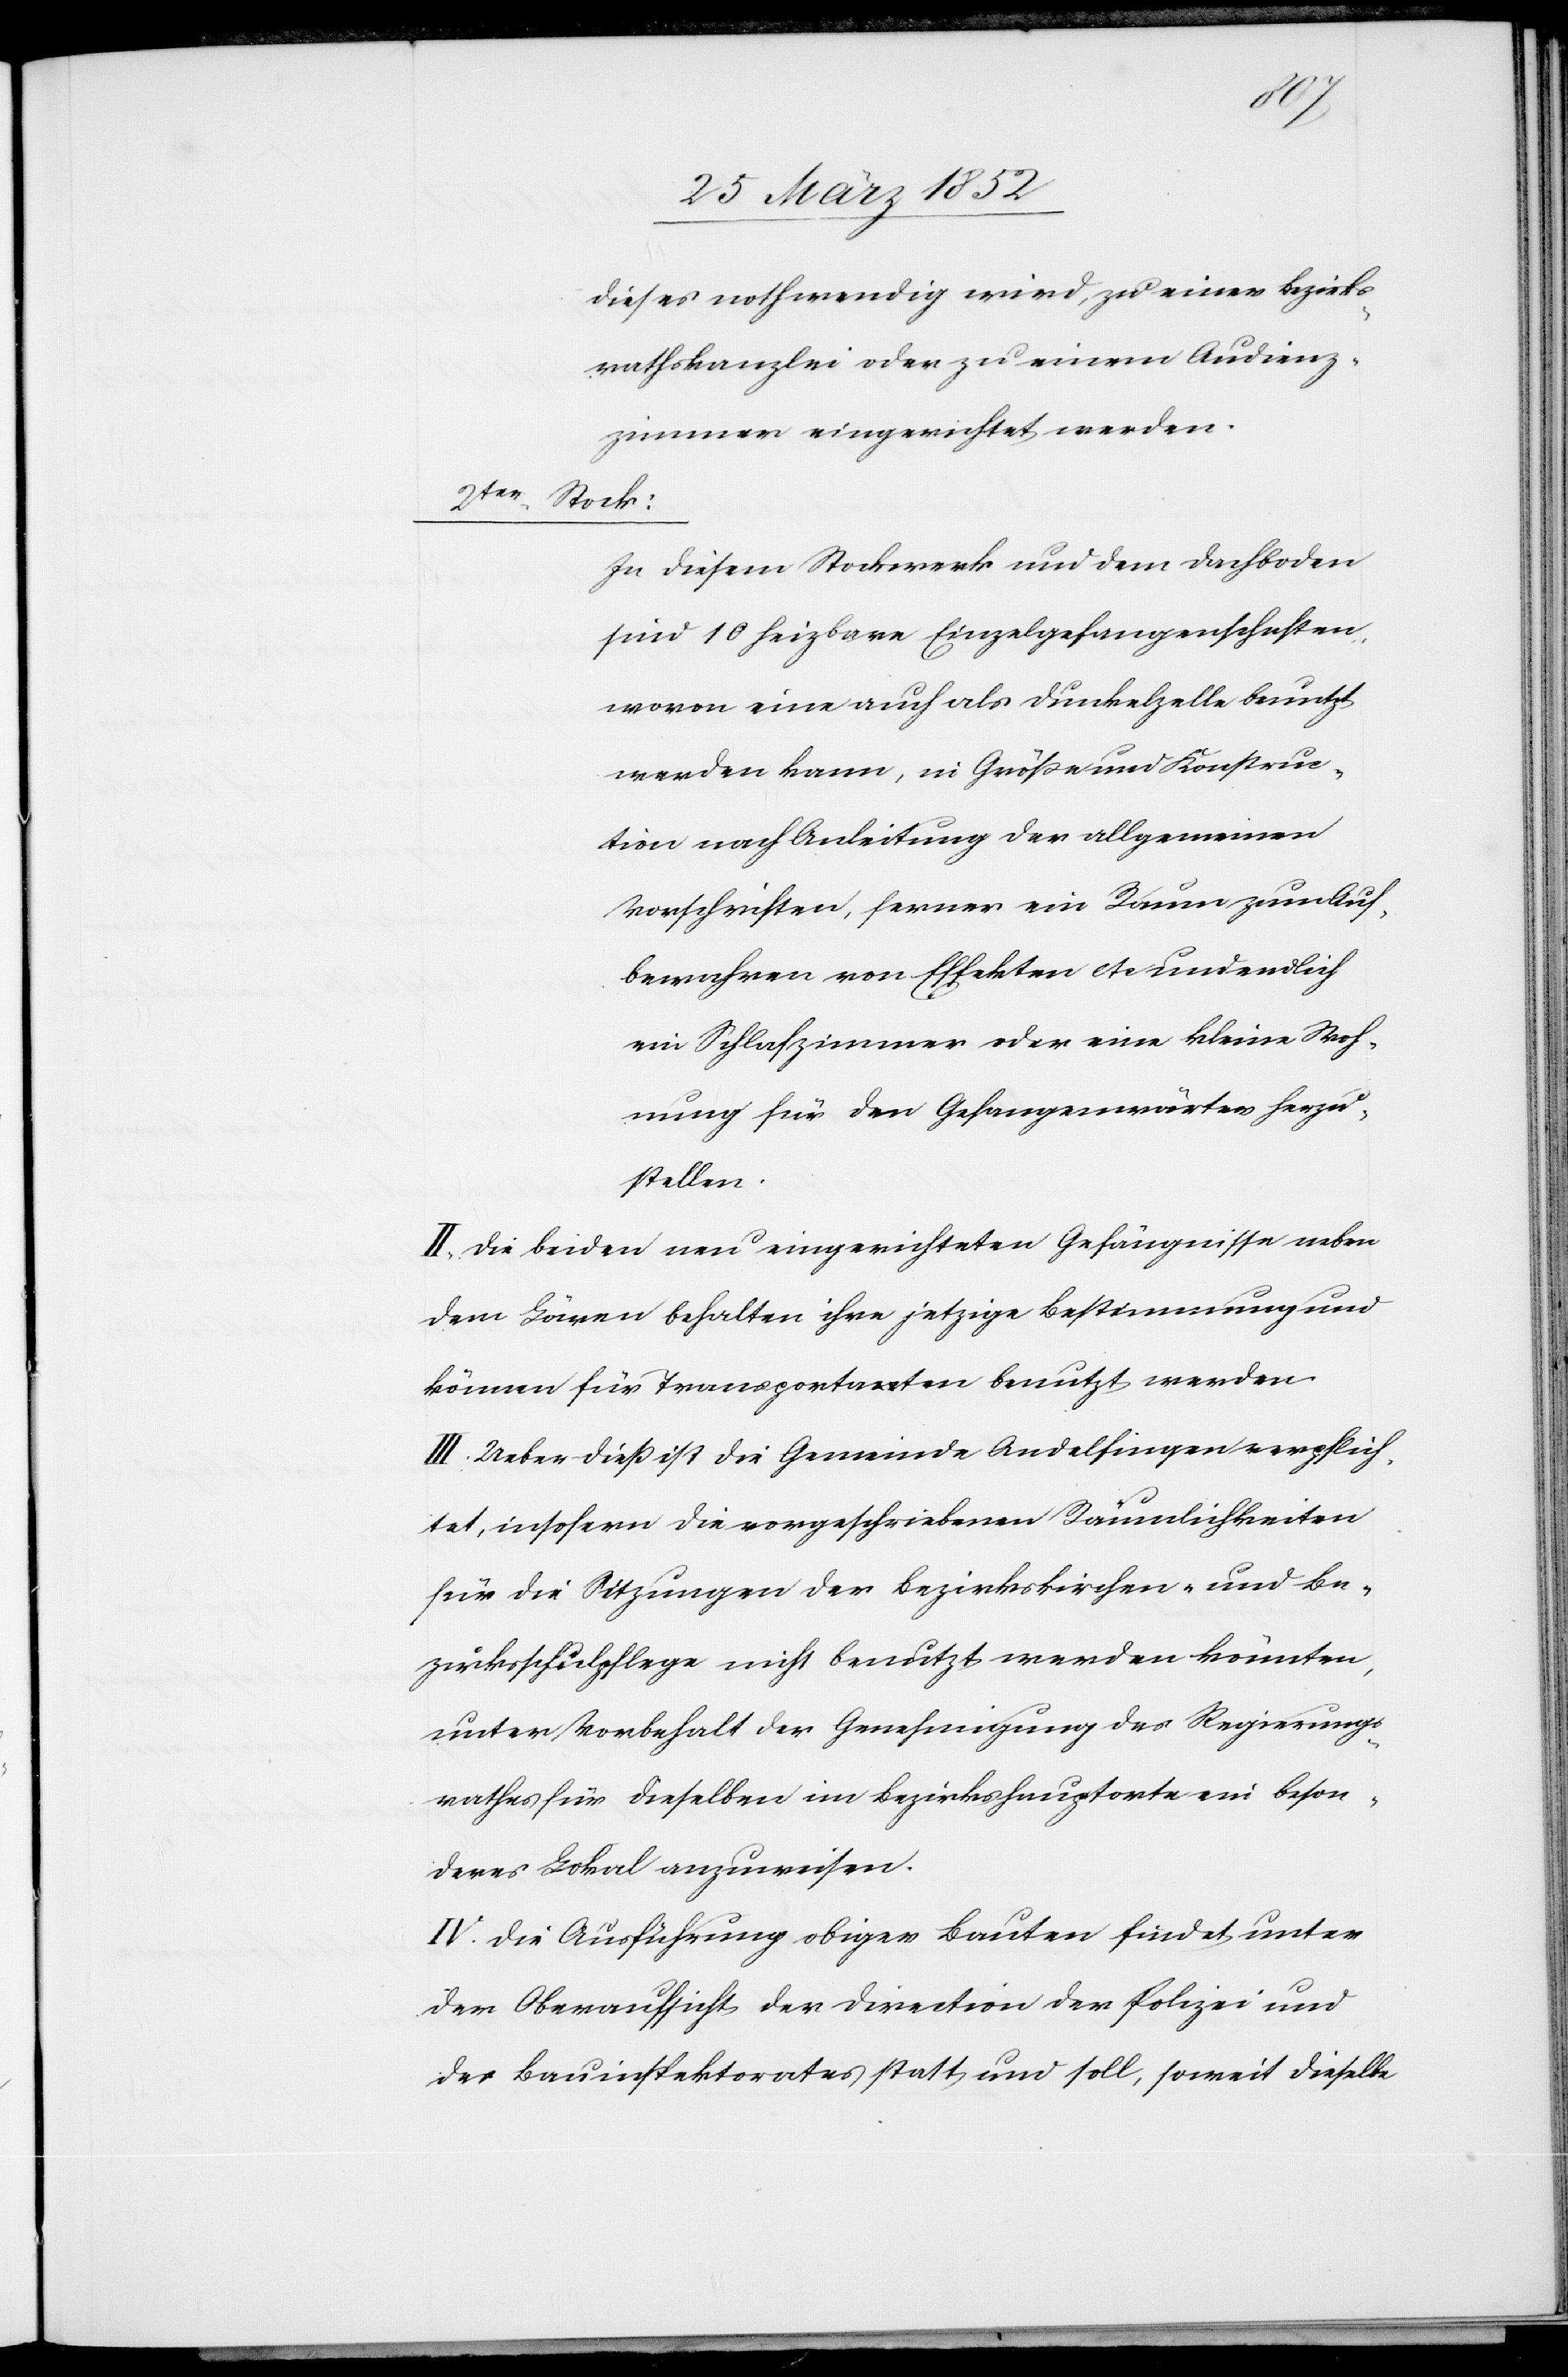
dieses nothwendig wird, zu einer Bezirks¬
rathskanzlei oder zu einem Audienz¬
zimmer eingerichtet werden.
2ter
Stock:
In diesem Stockwerk und dem Dachboden
sind 10 heizbare Einzelgefangenschaften,
wovon eine auch als Dunkelzelle benutzt
werden kann in Größe und Konstruc¬
tion nach Anleitung der allgemeinen
Vorschriften, ferner ein Raum zum Auf¬
bewahren von Effekten etc und endlich
ein Schlafzimmer oder eine kleine Woh¬
nung für den Gefangenwärter herzu¬
stellen.
II. Die beiden neu eingerichteten Gefängnisse neben
dem Löwen behalten ihre jetzige Bestimmung und
können für Transportaten benutzt werden.
III. Ueber dieß ist die Gemeinde Andelfingen verpflich¬
tet, insofern die vorgeschriebenen Räumlichkeiten
für die Sitzungen der Bezirkskirchen- und Be¬
zirksschulpflege nicht benutzt werden könnten,
unter Vorbehalt der Genehmigung des Regierungs¬
rathes für dieselben im Bezirkshauptorte ein beson¬
ders Lokal anzuweisen.
IV. Die Ausführung obiger Bauten findet unter
der Oberaufsicht der Direction der Polizei und
des Bauinspektorates statt und soll, soweit dieselbe